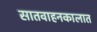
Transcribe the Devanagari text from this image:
सातवाहनकालात